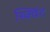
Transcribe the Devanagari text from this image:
स्क्विंट